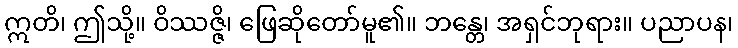
ဣတိ၊ ဤသို့။ ဝိဿဇ္ဇိ၊ ဖြေဆိုတော်မူ၏။ ဘန္တေ၊ အရှင်ဘုရား။ ပညာပန၊